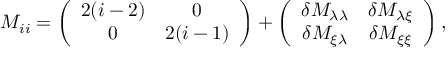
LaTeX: M _ { i i } = \left( \begin{array} { c c } { { 2 ( i - 2 ) } } & { { 0 } } \\ { { 0 } } & { { 2 ( i - 1 ) } } \end{array} \right) + \left( \begin{array} { c c } { { \delta M _ { \lambda \lambda } } } & { { \delta M _ { \lambda \xi } } } \\ { { \delta M _ { \xi \lambda } } } & { { \delta M _ { \xi \xi } } } \end{array} \right) ,